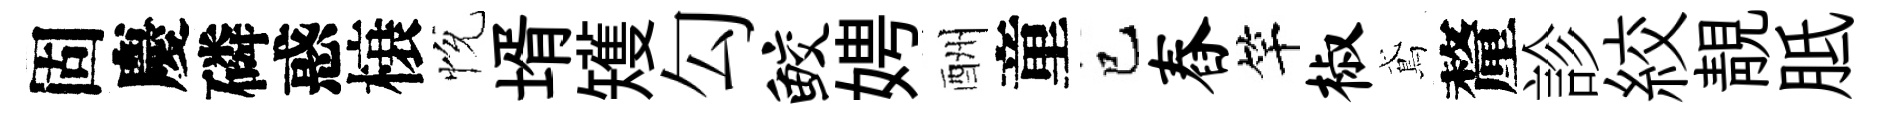
固慶磷惑榱恱壻矱勾鲛娉酬童巳舂竿椒鳶釐診絞靚胝